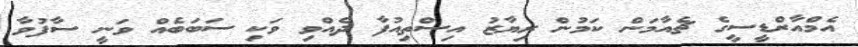
އެމްއާރްޑީސީގެ ޗެއާމަން ކަމުން ރިޔާޒު އިސްތިއުފާ ދެއްވި ވަކި ސަބަބެއް ވަނީ ސާފުވާ